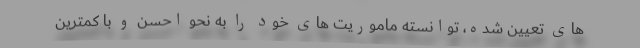
های تعیین شده، توانسته ماموریت های خود را به نحو احسن و با کمترین